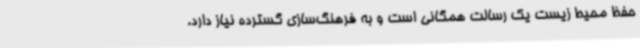
حفظ محیط زیست یک رسالت همگانی است و به فرهنگ‌سازی گسترده نیاز دارد.